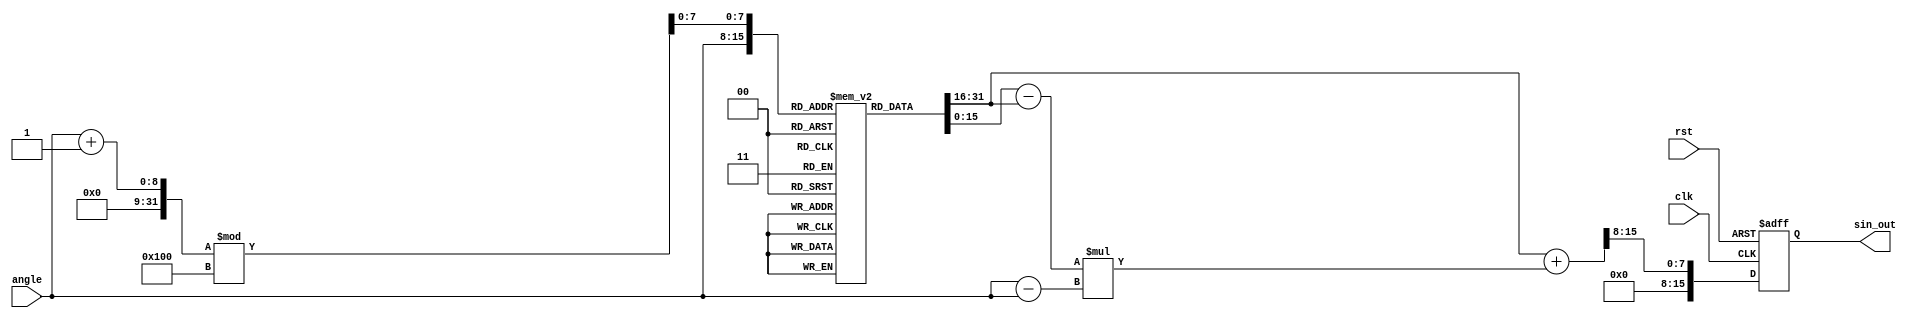
module sine_function (
    input wire clk,                // Clock signal
    input wire rst,                // Reset signal
    input wire [7:0] angle,        // Input angle (0 to 255 for 0 to 2)
    output reg signed [15:0] sin_out // Output sine value in fixed-point format
);

    // Sine lookup table with 256 entries (8-bit input)
    reg signed [15:0] sine_lut [0:255];

    // Initialization of the sine lookup table
    initial begin
        // Populate the sine LUT with precomputed values
        // Values are scaled to fit in 16 bits (from -32768 to 32767)
        sine_lut[0]   = 16'h0000; // sin(0)
        sine_lut[1]   = 16'h0192; // sin(1)
        sine_lut[2]   = 16'h0324; // sin(2)
        // ... (populate the rest of the LUT)
        sine_lut[127] = 16'h7FFF; // sin(/2)
        // ... (populate the rest of the LUT)
        sine_lut[255] = 16'h0000; // sin(2)
    end

    // Internal signals for interpolation
    reg signed [15:0] sin_a, sin_b; // Nearest LUT values
    reg [7:0] index_a, index_b;     // LUT indices
    reg [7:0] fractional;            // Fractional part for interpolation

    always @(posedge clk or posedge rst) begin
        if (rst) begin
            sin_out <= 16'h0000; // Reset output
        end else begin
            // Normalize the angle to the range [0, 255]
            // Assuming angle is already in the range [0, 255]
            index_a = angle; // Integer part
            index_b = (angle + 1) % 256; // Next index for interpolation

            // Get the nearest LUT values
            sin_a = sine_lut[index_a];
            sin_b = sine_lut[index_b];

            // Calculate the fractional part (0 to 255)
            fractional = angle - index_a;

            // Linear interpolation
            sin_out <= sin_a + ((sin_b - sin_a) * fractional) >> 8; // Shift right to scale
        end
    end

endmodule